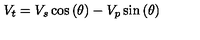
V _ { t } = V _ { s } \cos \left( \theta \right) - V _ { p } \sin \left( \theta \right)